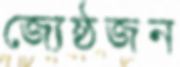
জ্যেষ্ঠজন